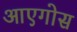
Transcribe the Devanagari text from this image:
आएगोस